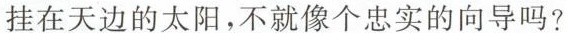
挂在天边的太阳，不就像个忠实的向导吗?